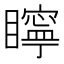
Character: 矃